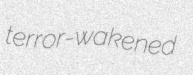
terror-wakened